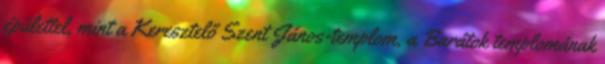
épülettel, mint a Keresztelő Szent János-templom, a Barátok templomának